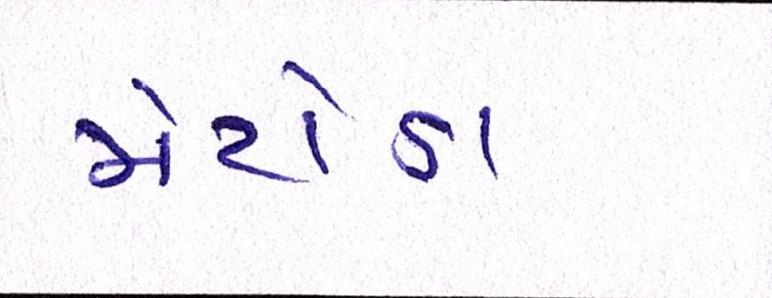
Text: મેટોડા